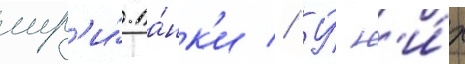
шр'и́-ла́нк'и // У́ н'и́х